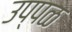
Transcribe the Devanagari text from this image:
उप्पळ